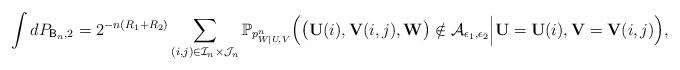
LaTeX: \begin{align*} \int dP_{\mathsf{B}_n,2}=2^{-n(R_1+R_2)}\sum_{(i,j)\in\mathcal{I}_n\times\mathcal{J}_n} \mathbb{P}_{p_{W|U,V}^n}\Big(\big(\mathbf{U}(i),\mathbf{V}(i,j),\mathbf{W}\big)\notin\mathcal{A}_{\epsilon_1,\epsilon_2}\Big|\mathbf{U}=\mathbf{U}(i),\mathbf{V}=\mathbf{V}(i,j)\Big),\end{align*}